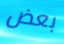
بعض